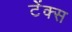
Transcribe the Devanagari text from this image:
टेंक्स